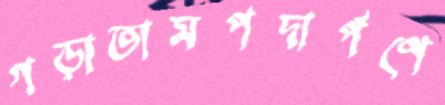
গড়াতামপদার্পণে